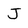
Character: J